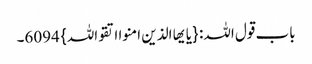
باب قول اللہ: {یایھا الذین امنوا اتقواللہ} 6094۔